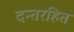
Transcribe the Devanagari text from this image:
दन्तरहित